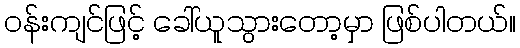
ဝန်းကျင်ဖြင့် ခေါ်ယူသွားတော့မှာ ဖြစ်ပါတယ်။